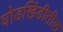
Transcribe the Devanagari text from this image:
घोडखिंडीतील